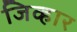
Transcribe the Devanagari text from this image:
जिव्हार